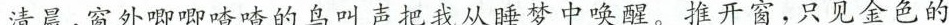
清晨，窗外唧唧喳喳的鸟叫声把我从睡梦中唤醒。推开窗，只见金色的